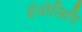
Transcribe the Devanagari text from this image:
इंडोलिपि